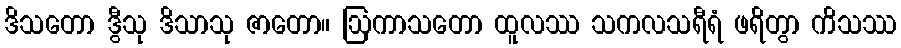
ဒိသတော ဒွီသု ဒိသာသု ဇာတော။ ဩကာသတော ထူလဿ သကလသရီရံ ဖရိတွာ ကိသဿ